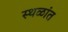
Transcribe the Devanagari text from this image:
स्थळांत